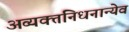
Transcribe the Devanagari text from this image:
अव्यक्तनिधनान्येव